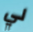
لي